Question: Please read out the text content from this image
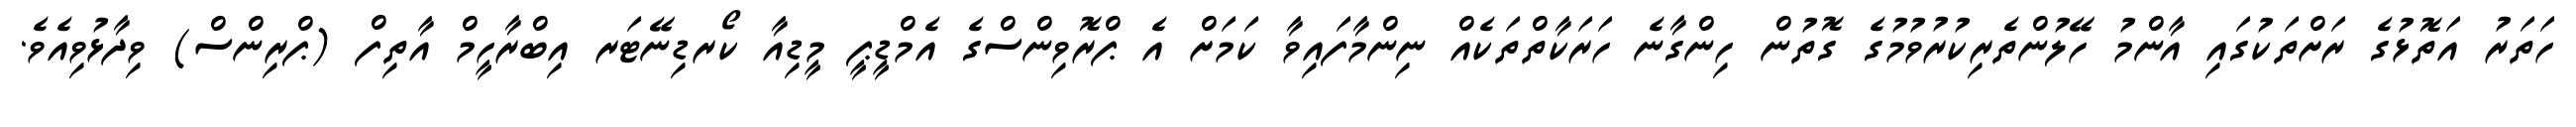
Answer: ހަތަރު އަތޮޅުގެ ރަށްތަކުގައި އާންމު ހޭލުންތެރިކުރުވުމުގެ ގޮތުން ހިންގާނެ ހަރަކާތްތަކެއް ނިންމާފައިވާ ކަމަށް އެ ޕްރޮވިންސްގެ އެމްޑީޕީ މީޑިއާ ކޯރޑިނޭޓަރ އިބްރާހީމް އާތިފް (ޕްރިންސް) ވިދާޅުވިއެވެ.